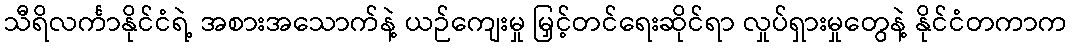
သီရိလင်္ကာနိုင်ငံရဲ့ အစားအသောက်နဲ့ ယဉ်ကျေးမှု မြှင့်တင်ရေးဆိုင်ရာ လှုပ်ရှားမှုတွေနဲ့ နိုင်ငံတကာက